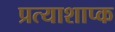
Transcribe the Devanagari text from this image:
प्रत्याशाप्क